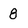
Character: 8